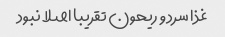
غذا سرد و ریحون تقریبا اصلا نبود